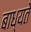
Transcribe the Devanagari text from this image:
बाध्यते